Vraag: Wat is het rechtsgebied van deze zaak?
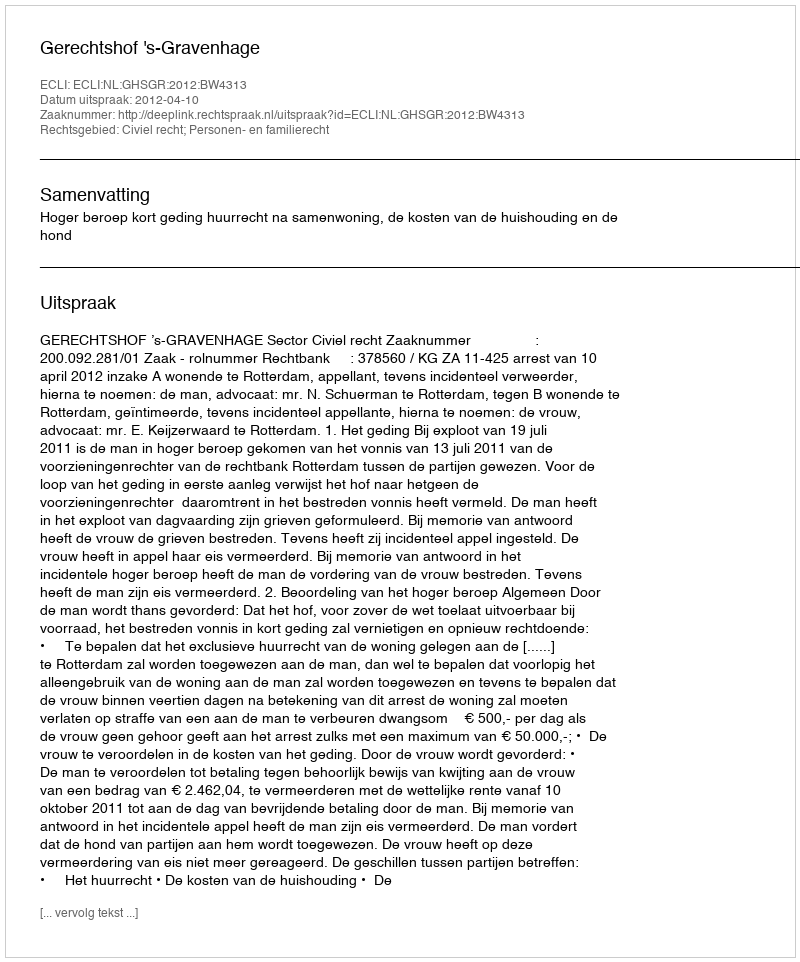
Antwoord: Civiel recht; Personen- en familierecht